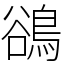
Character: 鵒